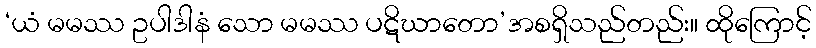
‘ယံ မမဿ ဥပါဒါနံ သော မမဿ ပဋိဃာတော’အစရှိသည်တည်း။ ထိုကြောင့်